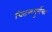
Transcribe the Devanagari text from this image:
चितळगुर्गचा